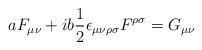
LaTeX: \begin{align*}aF_{\mu\nu}+ib\frac{1}{2}\epsilon_{\mu\nu\rho\sigma}F^{\rho\sigma}=G_{\mu\nu}\end{align*}